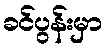
ခင်ပွန်းမှာ